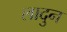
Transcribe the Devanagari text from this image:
लादुन